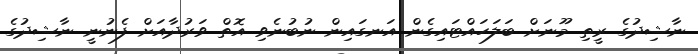
ނާޝިދުގެ ރީތި މޫނަށް ބަލަހައްޓައިގެން އަނގައިން ނުބުނެވި އޮތް ވަރުދާއަށް ފެނުނީ ނާޝިދުގެ